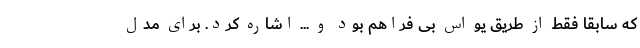
که سابقا فقط از طریق یو اس بی فراهم بود و ... اشاره کرد. برای مدل